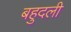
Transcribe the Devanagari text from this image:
बहुदली